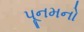
પૂનમનો